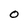
Character: O